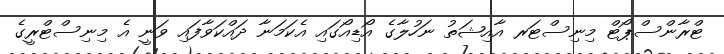
ޓްރާންސްޕޯޓް މިނިސްޓަރ އާއިޝަތު ނަހުލާގެ އޯޑިއޯގައި އެކަމަނާ ދައްކަވާފައި ވަނީ އެ މިނިސްޓްރީގެ